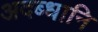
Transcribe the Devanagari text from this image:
अदब्धानि